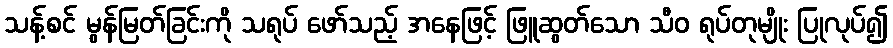
သန့်စင် မွန်မြတ်ခြင်းကို သရုပ် ဖော်သည့် အနေဖြင့် ဖြူဆွတ်သော သီဝ ရုပ်တုမျိုး ပြုလုပ်၍